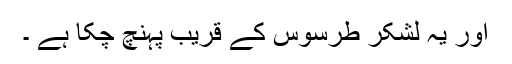
اور یہ لشکر طرسوس کے قریب پہنچ چکا ہے ۔